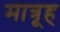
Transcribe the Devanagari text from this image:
मात्रूह